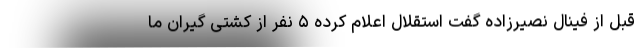
قبل از فینال نصیرزاده گفت استقلال اعلام کرده ۵ نفر از کشتی گیران ما